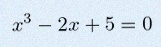
x^3-2x+5=0